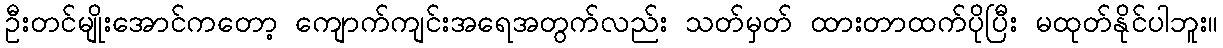
ဦးတင်မျိုးအောင်ကတော့ ကျောက်ကျင်းအရေအတွက်လည်း သတ်မှတ် ထားတာထက်ပိုပြီး မထုတ်နိုင်ပါဘူး။